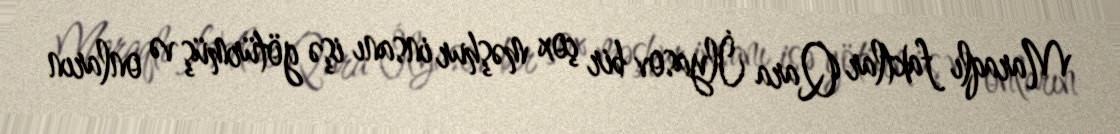
Maraqlı faktlar Qara İlyasov bir çox məşhur insanı işə götürmüş və onların